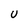
Character: U